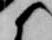
候